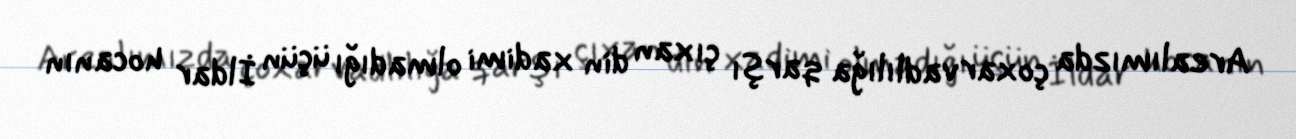
Arealımızda çoxarvadlılığa qarşı çıxan din xadimi olmadığı üçün İldar hocanın